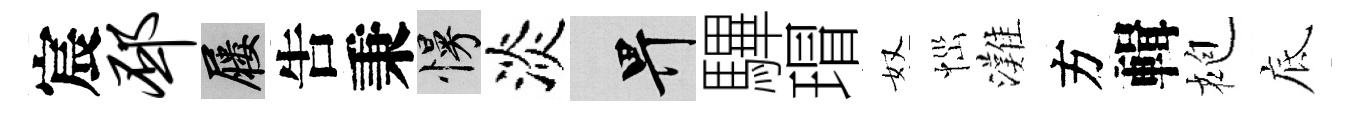
宸邳屨吿秉慢淡畀驆瑁奴𢙉灘方輯袍底